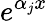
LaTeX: e^{\alpha_{j}x}